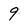
Character: 9